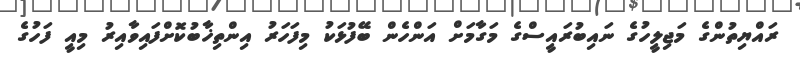
ރައްޔިތުންގެ މަޖިލީހުގެ ނައިބުރައީސްގެ މަގާމަށް އަންހެން ބޭފުޅަކު މިފަހަރު އިންތިޚާބުކޮށްފައިވާއިރު މިއީ ފަހުގެ